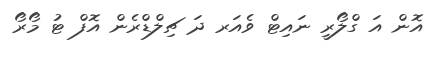
އޮން އަ ގްލޯރީ ނައިޓް ވެއަރ ދަ ޗިލްޑްރެން އޮފް ޓު މޯރޯ